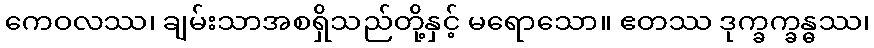
ကေဝလဿ၊ ချမ်းသာအစရှိသည်တို့နှင့် မရောသော။ ဧတဿ ဒုက္ခက္ခန္ဓဿ၊